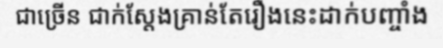
ជាច្រើន ជាក់ស្តែងគ្រាន់តែរឿងនេះដាក់បញ្ចាំង